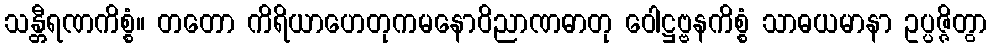
သန္တီရဏကိစ္စံ။ တတော ကိရိယာဟေတုကမနောဝိညာဏဓာတု ဝေါဋ္ဌဗ္ဗနကိစ္စံ သာဓယမာနာ ဥပ္ပဇ္ဇိတွာ